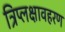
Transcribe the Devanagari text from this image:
त्रिप्लक्षावहरण